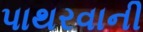
પાથરવાની